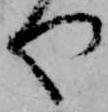
や